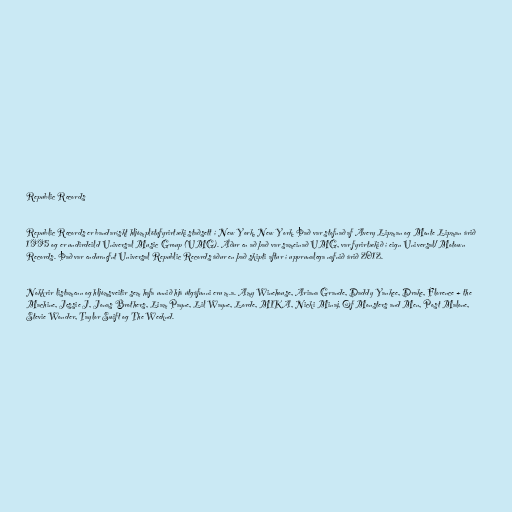
Republic Records

Republic Records er bandarískt hljómplötufyrirtæki staðsett í New York, New York. Það var stofnað af Avery Lipman og Monte Lipman árið
1995 og er undirdeild Universal Music Group (UMG). Áður en að það var sameinað UMG, var fyrirtækið í eign Universal/Motown
Records. Það var endurnefnt Universal Republic Records áður en það skipti aftur í upprunalega nafnið árið 2012.

Nokkrir listamenn og hljómsveitir sem hafa unnið hjá útgáfunni eru m.a. Amy Winehouse, Ariana Grande, Daddy Yankee, Drake, Florence + the
Machine, Jessie J, Jonas Brothers, Liam Payne, Lil Wayne, Lorde, MIKA, Nicki Minaj, Of Monsters and Men, Post Malone,
Stevie Wonder, Taylor Swift og The Weeknd.